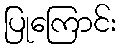
ပြုကြောင်း